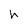
Character: h